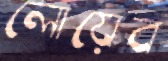
লোয়েব